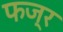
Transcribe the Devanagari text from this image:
फज्र